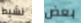
نشيط بعض